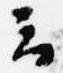
云